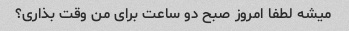
میشه لطفا امروز صبح دو ساعت برای من وقت بذاری؟